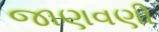
જાણવણી